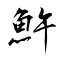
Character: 𩵱